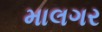
માલગર